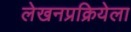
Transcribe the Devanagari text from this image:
लेखनप्रक्रियेला